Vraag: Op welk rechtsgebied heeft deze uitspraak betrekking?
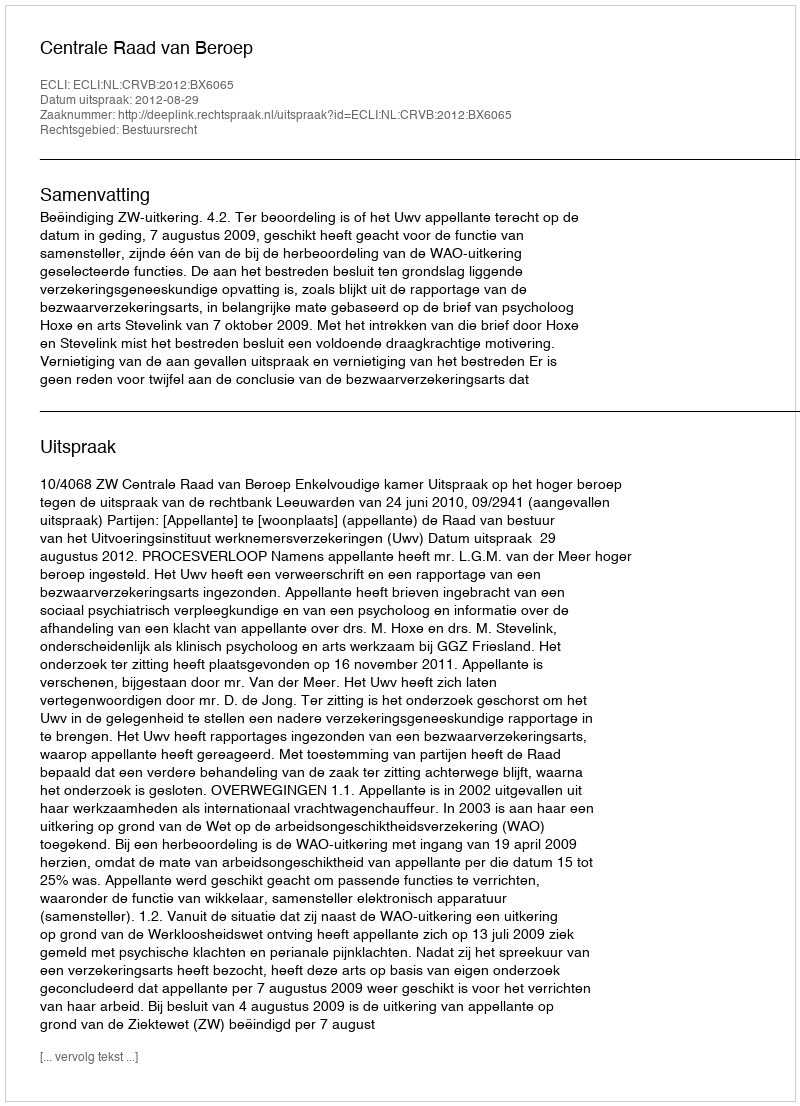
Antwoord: Bestuursrecht